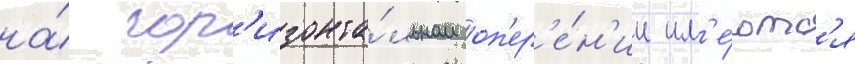
на́ гор'изонта́льном оп'ер'е́н'ии им'е́ютс'я